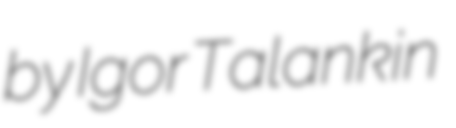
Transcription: by Igor Talankin